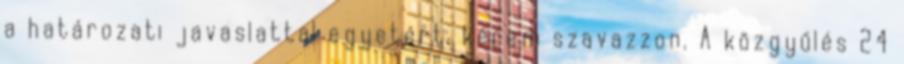
a határozati javaslattal egyetért, kérem szavazzon. A közgyűlés 24